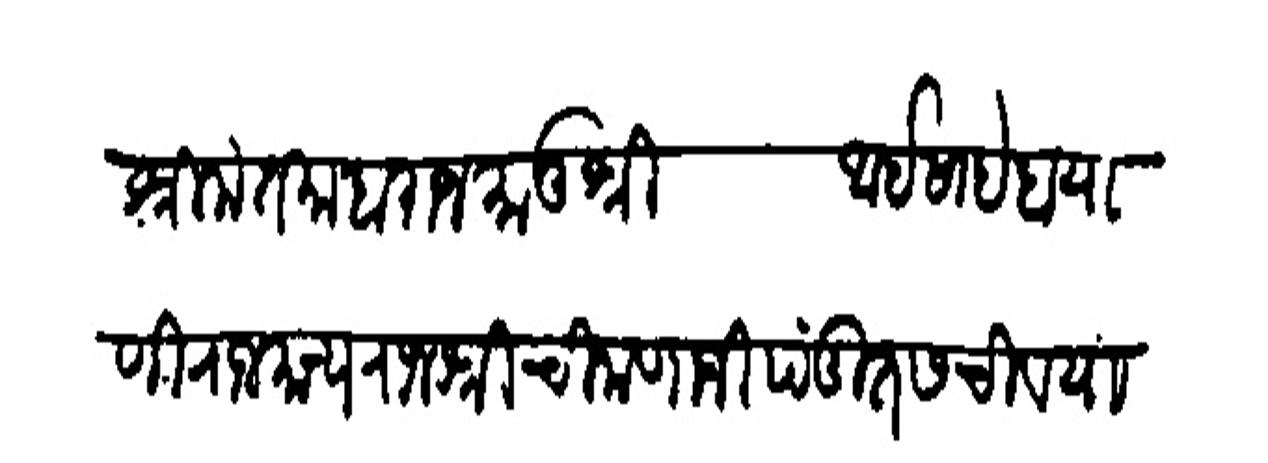
Transliteration (Devanagari): श्रीमंत माहाराज मातुश्री आईसाहेब याणी राजमान्य राजश्री चिमणाजी पंडित सचिव यासी